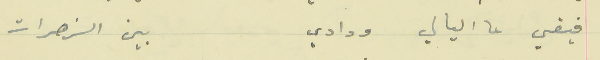
فيقي عا اليالي ودادي                                 بين الزهرات